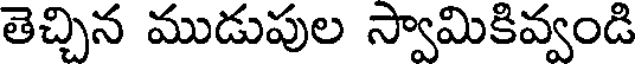
తెచ్చిన ముడుపుల స్వామికివ్వండి